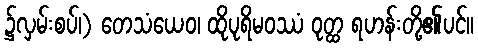
၌လှမ်းစပ်၊) တေသံယေဝ၊ ထိုပုရိမဝဿံ ဝုတ္ထ ရဟန်းတို့၏ပင်။